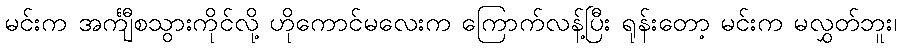
မင်းက အင်္ကျီစသွားကိုင်လို့ ဟိုကောင်မလေးက ကြောက်လန့်ပြီး ရုန်းတော့ မင်းက မလွှတ်ဘူး၊